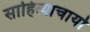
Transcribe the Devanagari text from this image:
साहित्याचार्यो